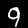
Label: 9